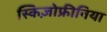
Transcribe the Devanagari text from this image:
स्किज़ोफ्रीनिया